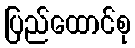
ပြည်ထောင်စု